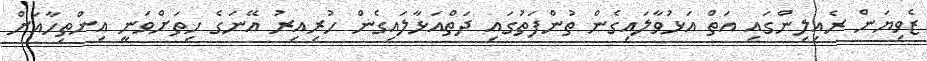
ޒެވިޔަން ރެއިލިންގައި އަތް އަޅުވާލައިގެން ތުންފަތުގައި ދަތްއަޅާލައިގެން ހުރިއިރު އޭނަގެ ހިތަށްވަނީ އިންތިހާއަށް